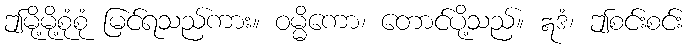
ဤမို့မို့စုံစုံ မြင်ရသည်ကား။ ဝမ္မိကော၊ တောင်ပို့သည်။ ဣဒံ၊ ဤစင်းစင်း